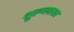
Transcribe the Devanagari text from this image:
शुल्‍ग्‍लासर